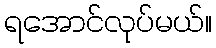
ရအောင်လုပ်မယ်။